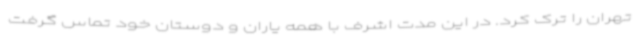
تهران را ترک کرد. در این مدت اشرف با همه یاران و دوستان خود تماس گرفت